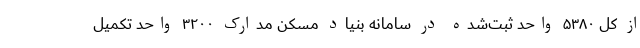
از کل ۵۳۸۰ واحد ثبت‌شده در سامانه بنیاد مسکن مدارک ۳۲۰۰ واحد تکمیل